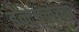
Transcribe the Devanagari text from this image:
इन्टेफ्लेक्स